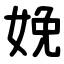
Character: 娩